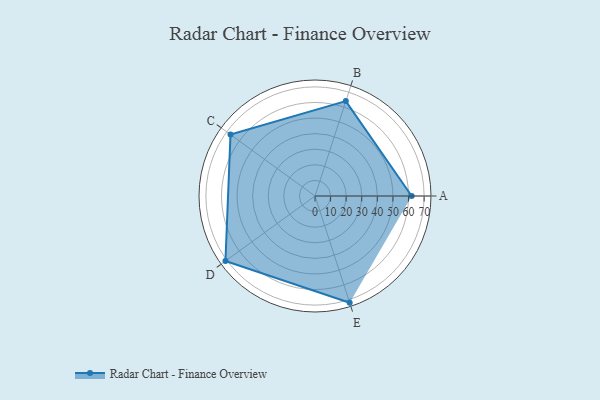
{"axis": {"x": "Skill", "y": "Score"}, "legend": ["Profile"], "data": [{"x": "A", "y": 62.0, "type": "Profile"}, {"x": "B", "y": 64.0, "type": "Profile"}, {"x": "C", "y": 67.0, "type": "Profile"}, {"x": "D", "y": 71.0, "type": "Profile"}, {"x": "E", "y": 72.0, "type": "Profile"}]}